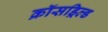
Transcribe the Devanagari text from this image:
क्रॉसड्रिल्ड